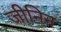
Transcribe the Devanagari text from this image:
जीनिन